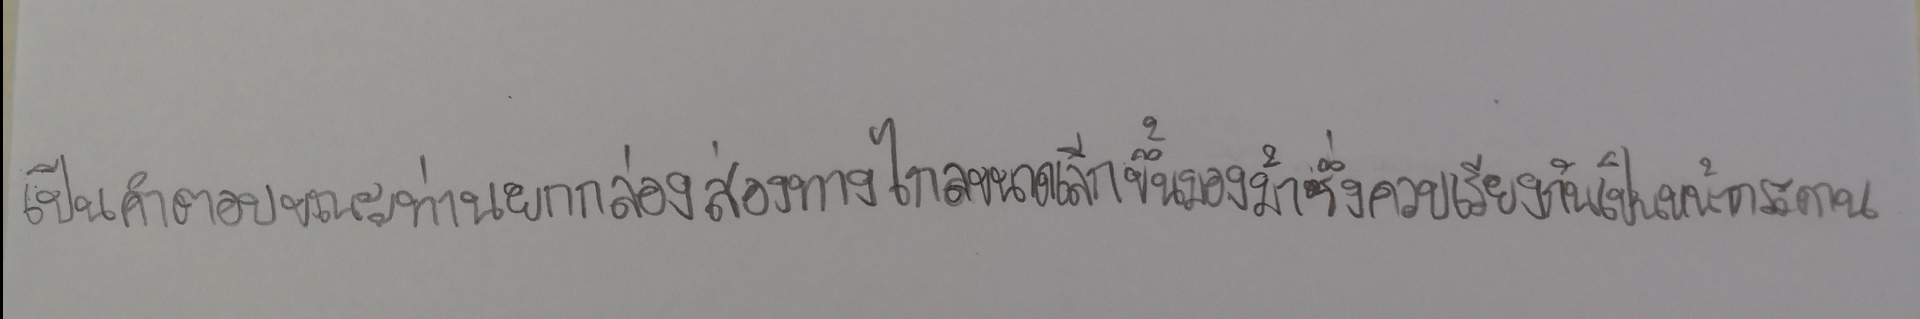
เป็นคำตอบขณะท่านยกกล้องส่องทางไกลขนาดเล็กขึ้นมองม้าซึ่งควบเรียงกันเป็นหน้ากระดาน